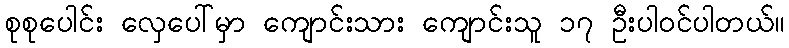
စုစုပေါင်း လှေပေါ်မှာ ကျောင်းသား ကျောင်းသူ ၁၇ ဦးပါဝင်ပါတယ်။